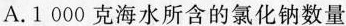
A.1 000克海水所含的氯化钠数量